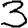
Digit: 3